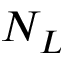
N _ { L }